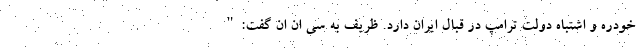
خودره و اشتباه دولت ترامپ در قبال ایران دارد. ظریف به سی ان ان گفت:"